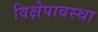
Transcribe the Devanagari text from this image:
विक्षेपावस्था